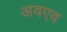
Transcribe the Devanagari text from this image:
अवएव